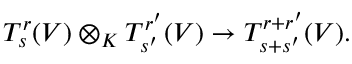
T _ { s } ^ { r } ( V ) \otimes _ { K } T _ { s ^ { \prime } } ^ { r ^ { \prime } } ( V ) \to T _ { s + s ^ { \prime } } ^ { r + r ^ { \prime } } ( V ) .